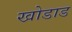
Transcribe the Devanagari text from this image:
खोडाड